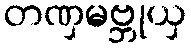
တဏှမဗ္ဘုယှ